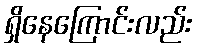
ရှိနေကြောင်းလည်း